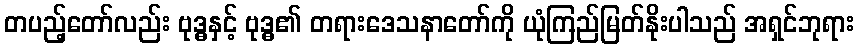
တပည့်တော်လည်း ဗုဒ္ဓနှင့် ဗုဒ္ဓ၏ တရားဒေသနာတော်ကို ယုံကြည်မြတ်နိုးပါသည် အရှင်ဘုရား